Vaccination United Provinces of Agra and Oudh 1902-1913 - 1902-1913
Year: 1902
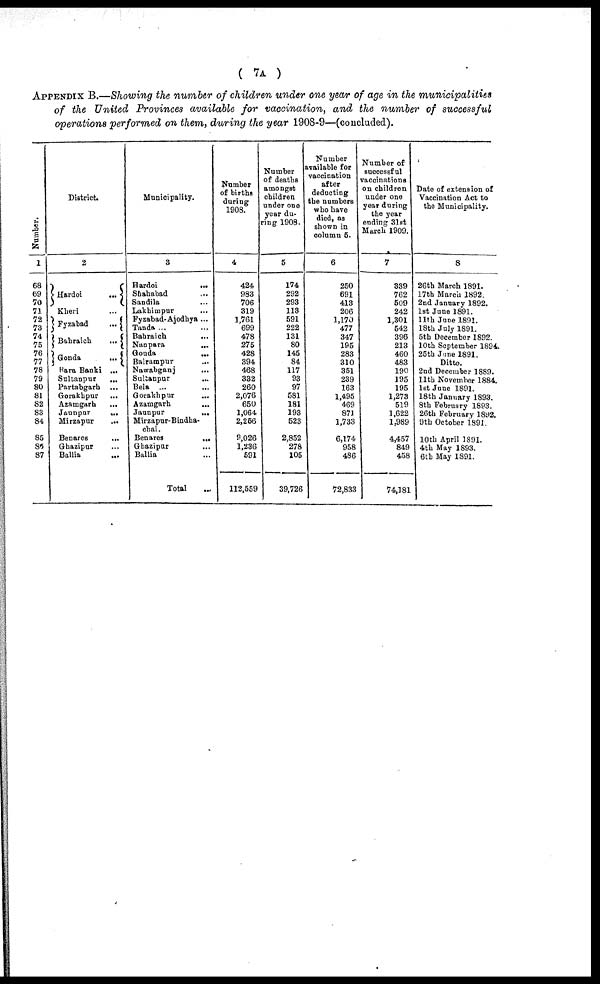
( 7A )
APPENDIX B.—Showing the number of children under one year of age in the municipalities
of the United Provinces available for vaccination, and the number of successful
operations performed on them, during the year 1908-9—(concluded).
Number.
1
68
69
70
71
72
73
74
75
76
77
78
79
80
81
82
83
84
85
86
87
District.
2
Hardoi
...
Kheri ...
Fyzabad
...
Bahraich
...
Gonda
...
Bara Banki ...
Sultanpur
...
Partabgarh ...
Gorakhpur ...
Azamgarh ...
Jaunpur
...
Mirzapur
...
Benares
...
Ghazipur ...
Ballia ...
Municipality.
3
Hardoi
...
Shahabad ...
Sandila ...
Lakhimpur ...
Fyzabad-Ajodhya ...
Tanda ...
Bahraich
...
Nanpara
...
Gonda
...
Balrampur
Nawabganj ...
Sultanpur ...
Bela ...
Gorakhpur ...
Azamgarh ...
Jaunpur
...
Mirzapur-Bindha¬
chal.
Benares
...
Ghazipur ...
Ballia ...
Total ...
Number
of births
during
1908.
4
424
983
706
319
1,761
699
478
275
428
394
468
332
260
2,076
650
1,064
2,256
9,026
1,236
591
112,559
Number
of deaths
amongst
children
under one
year du-
ring 1908.
5
174
292
293
113
591
222
131
80
145
84
117
93
97
581
181
193
523
2,852
278
105
39,726
Number
available for
vaccination
after
deducting
the numbers
who have
died, as
shown in
column 5.
6
250
691
413
206
1,170
477
347
195
283
310
351
239
163
1,495
469
871
1,733
6,174
958
486
72,833
Number of
successful
vaccinations
on children
under one
year during
the year
ending 31st
March 1909.
7
339
762
509
242
1,301
542
396
213
460
483
190
195
195
1,273
519
1,622
1,989
4,457
849
458
74,181
Date of extension of
Vaccination Act to
the Municipality.
8
26th March 1891.
17th March 1892.
2nd January 1892.
1st June 1891.
11th June 1891.
18th July 1891.
5th December 1892.
10th September 1894.
25th June 1891.
Ditto.
2nd December 1889.
11th November 1884.
1st June 1891.
18th January 1893.
8th February 1893.
26th February 1892.
9th October 1891.
10th April 1891.
4th May 1893.
6th May 1891.